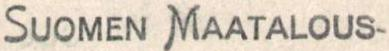
SUOMEN MAATALOUS-